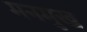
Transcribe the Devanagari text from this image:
मनमुख